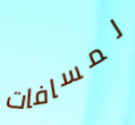
لمسافات